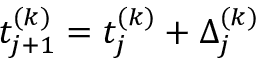
t _ { j + 1 } ^ { ( k ) } = t _ { j } ^ { ( k ) } + \Delta _ { j } ^ { ( k ) }